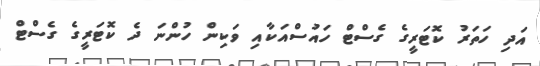
އަދި ހަތަރު ކޮޓަރީގެ ގެސްޓް ހައުސްއަކާއި ވަކިން ހުންނަ ދެ ކޮޓަރީގެ ގެސްޓް